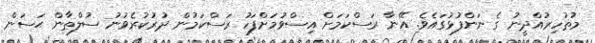
މުޡުހިރުއްދީނު ގެ ނަންފުޅުގައެވެ. އޭނާ ރަސްކަމަށް އިސްވުމަށްފަހު ރަސްކަމުން ދުރުކުރެވުނު ސުލްޠާން ޙަސަން